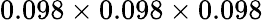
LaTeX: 0.098\times 0.098\times 0.098